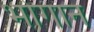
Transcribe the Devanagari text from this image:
भोगान